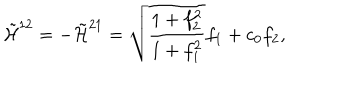
LaTeX: \tilde { { \cal H } } ^ { 1 2 } = - \tilde { { \cal H } } ^ { 2 1 } = \sqrt { \frac { 1 + f _ { 2 } ^ { 2 } } { 1 + f _ { 1 } ^ { 2 } } } f _ { 1 } + c _ { 0 } f _ { 2 } , \nonumber